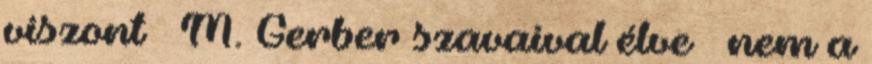
viszont – M. Gerber szavaival élve – nem a